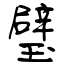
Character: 璧